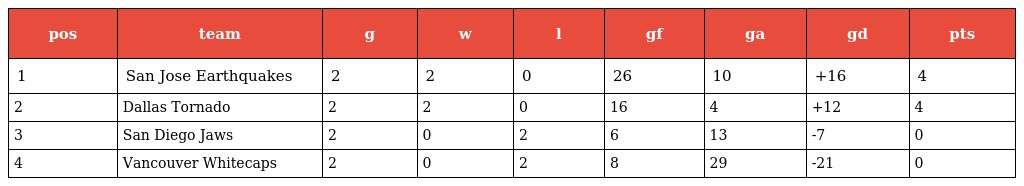
| pos | team | g | w | l | gf | ga | gd | pts |
 | --- | --- | --- | --- | --- | --- | --- | --- | --- |
 | 1 | San Jose Earthquakes | 2 | 2 | 0 | 26 | 10 | +16 | 4 |
 | 2 | Dallas Tornado | 2 | 2 | 0 | 16 | 4 | +12 | 4 |
 | 3 | San Diego Jaws | 2 | 0 | 2 | 6 | 13 | -7 | 0 |
 | 4 | Vancouver Whitecaps | 2 | 0 | 2 | 8 | 29 | -21 | 0 |